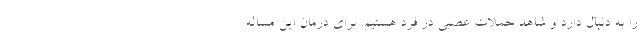
را به دنبال دارد و شاهد حملات عصبی در فرد هستیم. برای درمان این مساله